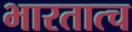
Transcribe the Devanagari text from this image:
भारतात्च